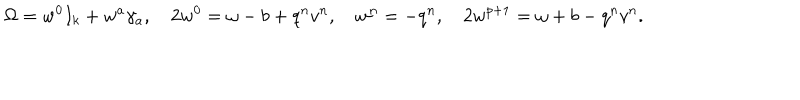
{ \Omega } = w ^ { 0 } I _ { k } + w ^ { a } \gamma _ { a } , \quad 2 w ^ { 0 } = \omega - b + q ^ { n } v ^ { n } , \quad w ^ { n } = - q ^ { n } , \quad 2 w ^ { p + 1 } = \omega + b - q ^ { n } v ^ { n } .